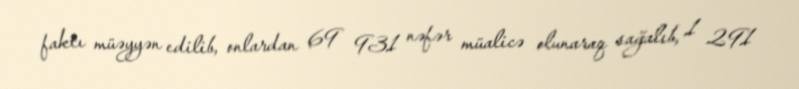
faktı müəyyən edilib, onlardan 69 931 nəfər müalicə olunaraq sağalıb, 1 291